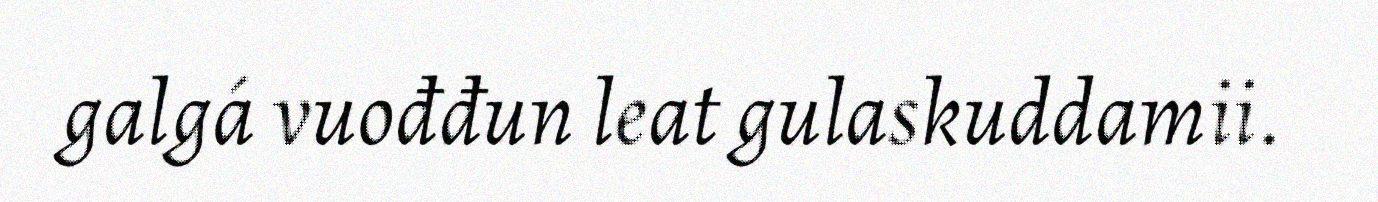
galgá vuođđun leat gulaskuddamii.